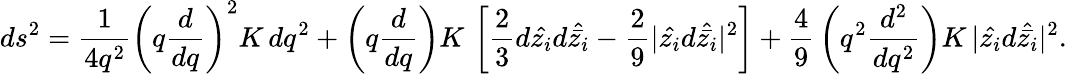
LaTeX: ds^{2}={\frac{1}{4q^{2}}}\left(q{\frac{d}{dq}}\right)^{2}K\, dq^{2}+\left(q{\frac{d}{dq}}\right)K\, \left[{\frac{2}{3}}d\hat{z_{i}}d\hat{\bar{z_{i}}}-{\frac{2}{9}}|\hat{z_{i}}d\hat{\bar{z_{i}}}|^{2}\right]+{\frac{4}{9}}\left(q^{2}{\frac{d^{2}}{dq^{2}}}\right)K\, |\hat{z_{i}}d\hat{\bar{z_{i}}}|^{2}.